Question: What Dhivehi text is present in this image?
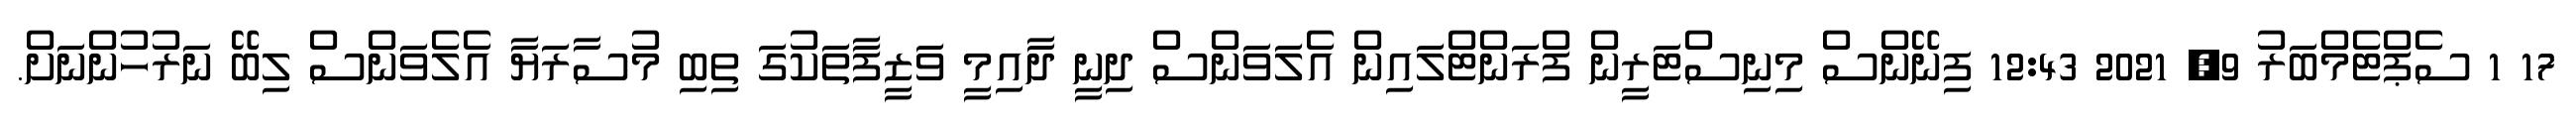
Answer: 17 1 ސެޕްޓެމްބަރު 9, 2021 12:43 ފިނޭންސް މިނިސްޓަރީން ފްރަންޓްލައިން އެލަވަންސް ދިނީ ދާއިމީ ވަޒީފާތަކުގަ ތިބި މުސާރަޔާ އެލެވަންސް ލިބޭ ނަރުހުންނަށް.